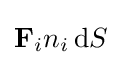
\mathbf {F} _{i}n_{i}\,\mathrm {d} S